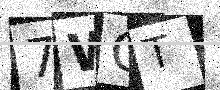
Text: 7WGT